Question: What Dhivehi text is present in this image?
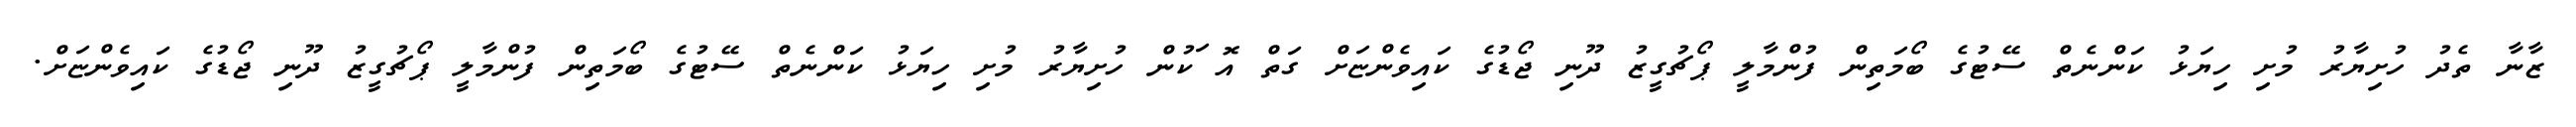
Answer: ޒާނާ ތެދު ހުށިޔާރު މުށި ހިޔަޅު ކަންނެތް ސޭޓުގެ ބޯމަތިން ފުންމާލީ ޕޯޗުގީޒު ދޫނި ޖޯޑުގެ ކައިވެންޏަށް ގަތް އޮޱަކުން ހުށިޔާރު މުށި ހިޔަޅު ކަންނެތް ސޭޓުގެ ބޯމަތިން ފުންމާލީ ޕޯޗުގީޒު ދޫނި ޖޯޑުގެ ކައިވެންޏަށް.